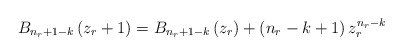
\begin{align*}B_{n_{r}+1-k}\left(z_{r}+1\right)=B_{n_{r}+1-k}\left(z_{r}\right)+ \left(n_{r}-k+1\right)z_{r}^{n_{r}-k}\end{align*}